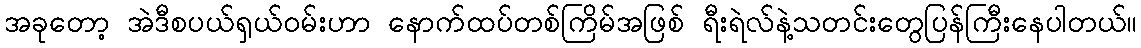
အခုတော့ အဲဒီစပယ်ရှယ်ဝမ်းဟာ နောက်ထပ်တစ်ကြိမ်အဖြစ် ရီးရဲလ်နဲ့သတင်းတွေပြန်ကြီးနေပါတယ်။